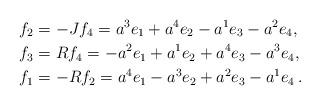
LaTeX: \begin{align*}f_2&=-Jf_4=a^3e_1+a^4e_2-a^1e_3-a^2e_4,\\f_3&=Rf_4=-a^2e_1+a^1e_2+a^4e_3-a^3e_4,\\f_1&=-Rf_2=a^4e_1-a^3e_2+a^2e_3-a^1e_4\,.\end{align*}